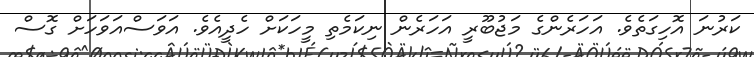
ކަރުނަ އޮހިގަތެވެ. އަހަރެންގެ މަޖުބޫރީ އަހަރެން ނިކަމެތި މީހަކަށް ހެދީއެވެ. އަވަސްއަވަހަށް ގޮސް